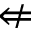
\nLeftarrow